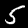
Digit: 5